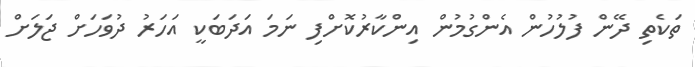
ތަކެތި ދޭން ފުލުހުން އެންގުމުން އިންކާރުކޮށްފި ނަމަ އަދަބަކީ އަހަރު ދުވަހަށް ޖަލަށް